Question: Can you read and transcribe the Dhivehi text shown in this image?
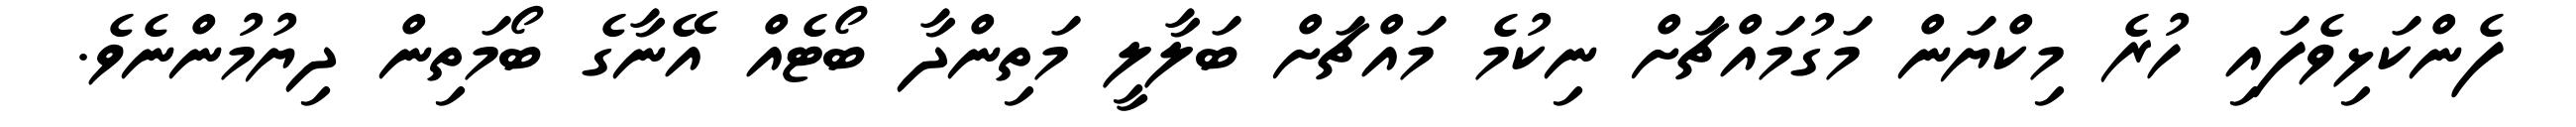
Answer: ފެންކަޅިވެފައި ހުރެ މިކްޔަން މަގުމައްޗަށް ނިކުމެ މައްޗަށް ބަލާލީ މަތިންދާ ބޯޓެއް އޭނާގެ ބޯމަތިން ދިޔުމުންނެވެ.